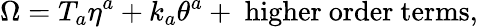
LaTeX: \Omega=T_{a}\eta^{a}+k_{a}\theta^{a}+\mathrm{\ higher\ order\ terms},